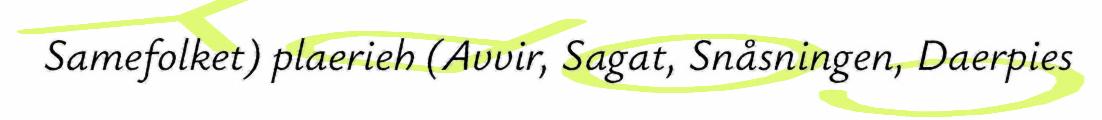
Samefolket) plaerieh (Avvir, Sagat, Snåsningen, Daerpies